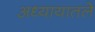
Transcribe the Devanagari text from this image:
अध्‍यायातले